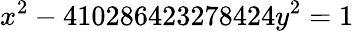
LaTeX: x^{2}-410286423278424y^{2}=1